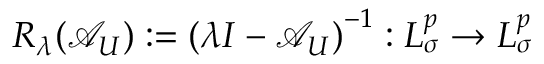
R _ { \lambda } ( \mathcal { A } _ { U } ) : = \left( \lambda I - \mathcal { A } _ { U } \right) ^ { - 1 } : L _ { \sigma } ^ { p } \to L _ { \sigma } ^ { p }